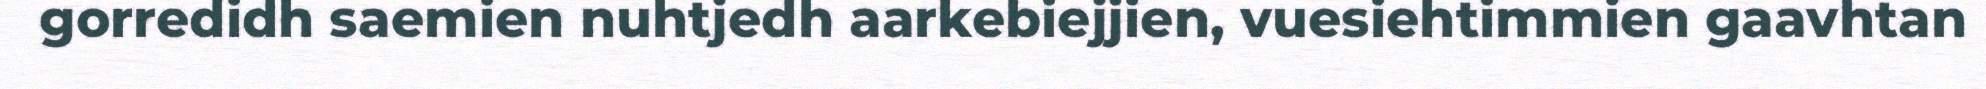
gorredidh saemien nuhtjedh aarkebiejjien, vuesiehtimmien gaavhtan